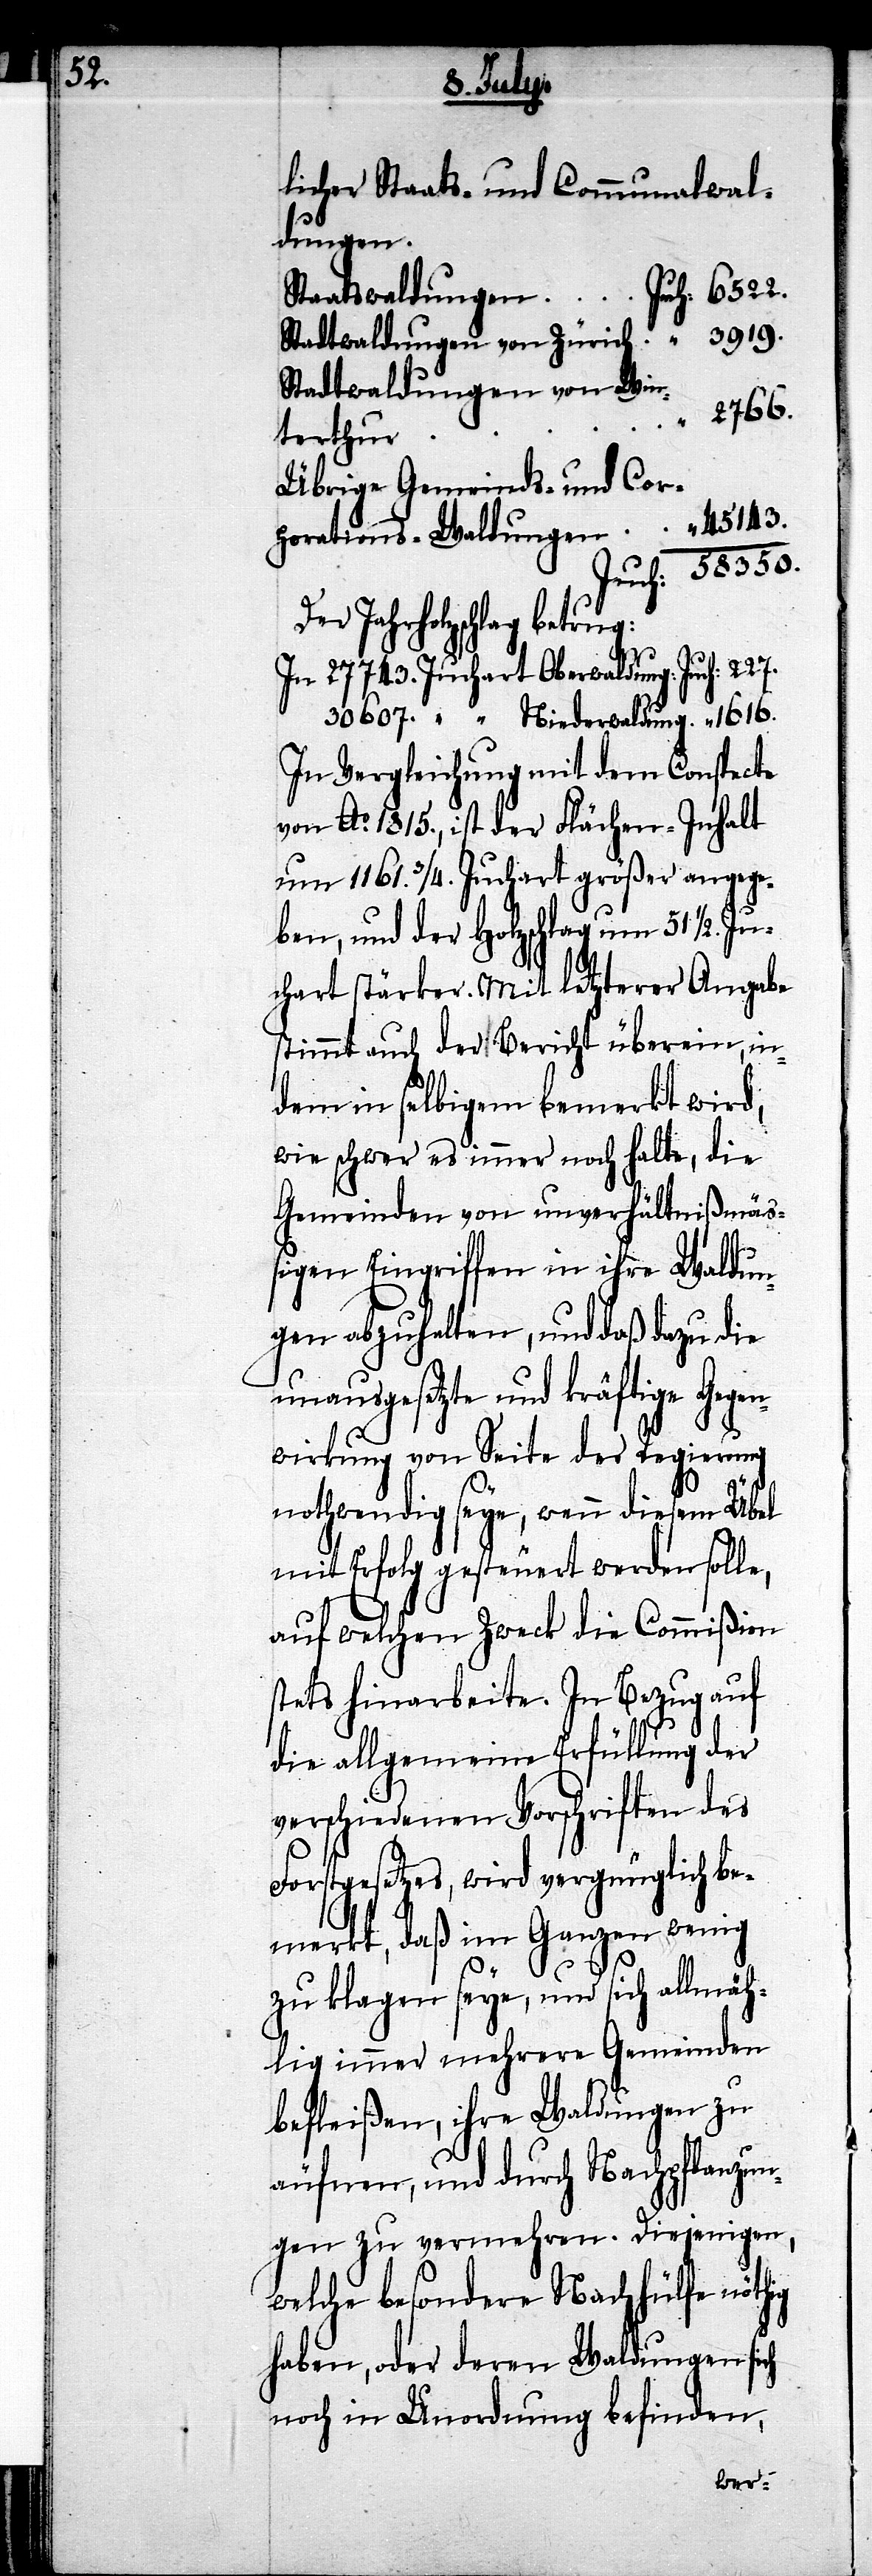
350.

licher Staats- und Communalwal¬
dungen.
rich
Staatswaldungen
Stadtwaldungen von Win¬
2766.
terthur
Übrige Gemeinds- und Cor¬
porations-Waldungen
Der Jahrholzschlag betrug:
In 27 743. Juchart Oberwaldung:	Juch:	227.
In Vergleichung mit dem Conspecte
von Ao. 1815., ist der Flächen-Inhalt
um 1161. 3/4. Juchart größer angege¬
ben, und der Holzschlag um 51 1/2. Ju¬
chart stärker. Mit letzterer Angabe
stimmt auch der Bericht überein, in¬
dem in selbigem bemerkt wird,
wie schwer es immer noch halte, die
Gemeinden von unverhältnißmäß¬
igen Eingriffen in ihre Waldun¬
gen abzuhalten, und daß dazu die
unausgesetzte und kräftige Gegen¬
wirkung von Seite der Regierung
nothwendig seye, wenn diesem Übel
mit Erfolg gesteuert werden solle,
auf welchen Zweck die Commißion
stets hinarbeite. In Bezug auf
die allgemeine Erfüllung der
verschiedenen Vorschriften des
Forstgesetzes, wird vergnüglich be¬
merkt, daß im Ganzen wenig
zu klagen seye, und sich allmäh¬
lich immer mehrere Gemeinden
befleißen, ihre Waldungen zu
äufnen, und durch Nachpflanzun¬
gen zu vermehren. Diejenigen,
welche besondere Nachhülfe nöthig
haben, oder deren Waldungen sich
noch in Unordnung befinden,